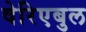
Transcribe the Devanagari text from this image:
वेरिएबुल